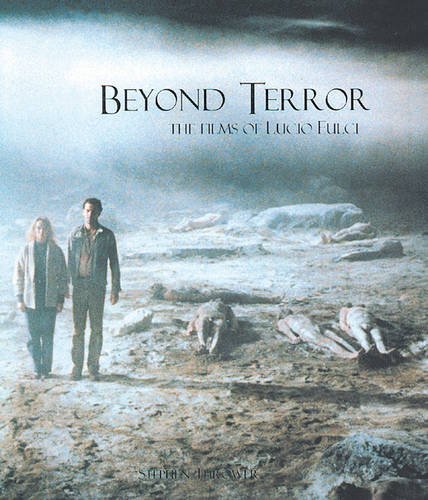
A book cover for Beyond Terror: The Films of Lucio Fulci; Stephen Thrower; Humor & Entertainment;